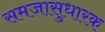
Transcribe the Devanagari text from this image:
समजासुधारक